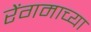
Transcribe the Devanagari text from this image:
रेंगमाच्या